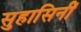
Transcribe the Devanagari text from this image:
सुहासिनीं